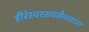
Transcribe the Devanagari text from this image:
हीरेस्वरसचसैनस्टाल्ट